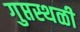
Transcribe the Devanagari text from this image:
गुप्तस्थळी